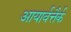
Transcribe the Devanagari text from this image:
आयार्वत्तैर्क